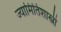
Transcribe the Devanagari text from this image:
ज्यामितिशास्त्री